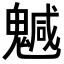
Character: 𩴁